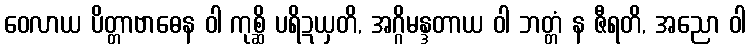
ဝေလာယ ပိတ္တာဗာဓေန ဝါ ကုစ္ဆိ ပရိဍယှတိ, အဂ္ဂိမန္ဒတာယ ဝါ ဘတ္တံ န ဇီရတိ, အညော ဝါ